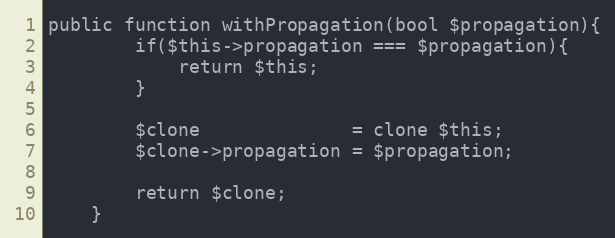
Language: PHP
public function withPropagation(bool $propagation){
        if($this->propagation === $propagation){
            return $this;
        }

        $clone              = clone $this;
        $clone->propagation = $propagation;

        return $clone;
    }